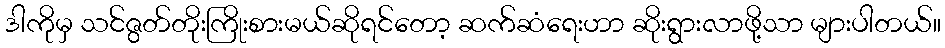
ဒါကိုမှ သင်ဇွတ်တိုးကြိုးစားမယ်ဆိုရင်တော့ ဆက်ဆံရေးဟာ ဆိုးရွားလာဖို့သာ များပါတယ်။